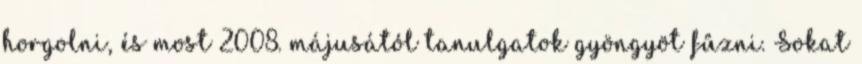
horgolni, és most 2008. májusától tanulgatok gyöngyöt fűzni. Sokat